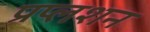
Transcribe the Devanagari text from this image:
प्रप्लशन